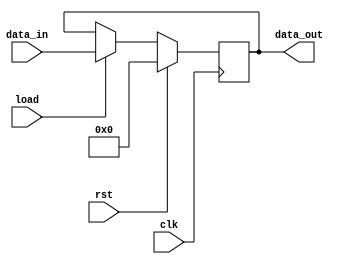
module generic_register #(
    parameter data_width = 8
)
(
    input wire load, clk, rst ,
    input wire [data_width-1:0] data_in,
    output reg [data_width-1:0] data_out 
);

always@(posedge clk) begin
if(rst)
data_out <= 0;
else begin
    if(load)
    data_out <= data_in;
    else
    data_out <= data_out;
end
end
endmodule